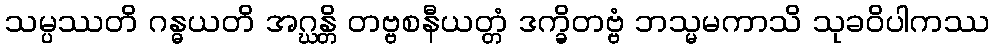
သမ္ပဿတိ ဂန္ဓယတိ အဂ္ဃန္တိ တဗ္ဗစနီယတ္တံ ဒက္ခိတဗ္ဗံ ဘသ္မမကာသိ သုခဝိပါကဿ